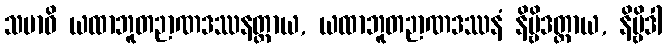
သမာဓိ ယထာဘူတဉာဏဒဿနတ္ထာယ, ယထာဘူတဉာဏဒဿနံ နိဗ္ဗိဒတ္ထာယ, နိဗ္ဗိဒါ